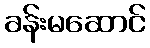
ခန်းမဆောင်